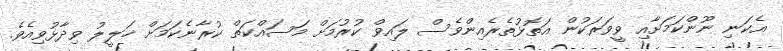
އެކަނި ނޫންކަމަށާއި ވީވަރަކުން އަތޮޅުތެރެއިންވެސް ލައިވް ކުރުމަށް މަސައްކަތް ކުރާނެކަމަށް ޚަލީލު ވިދާޅުވިއެވެ.